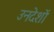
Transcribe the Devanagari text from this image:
उनदेशों